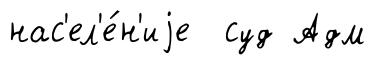
нас'ел'е́н'иjе суд Адм